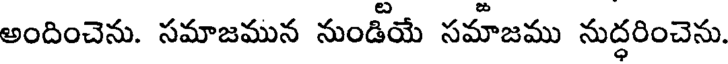
అందించెను. సమాజమున నుండీయే సమాజము నుద్ధరించెను.